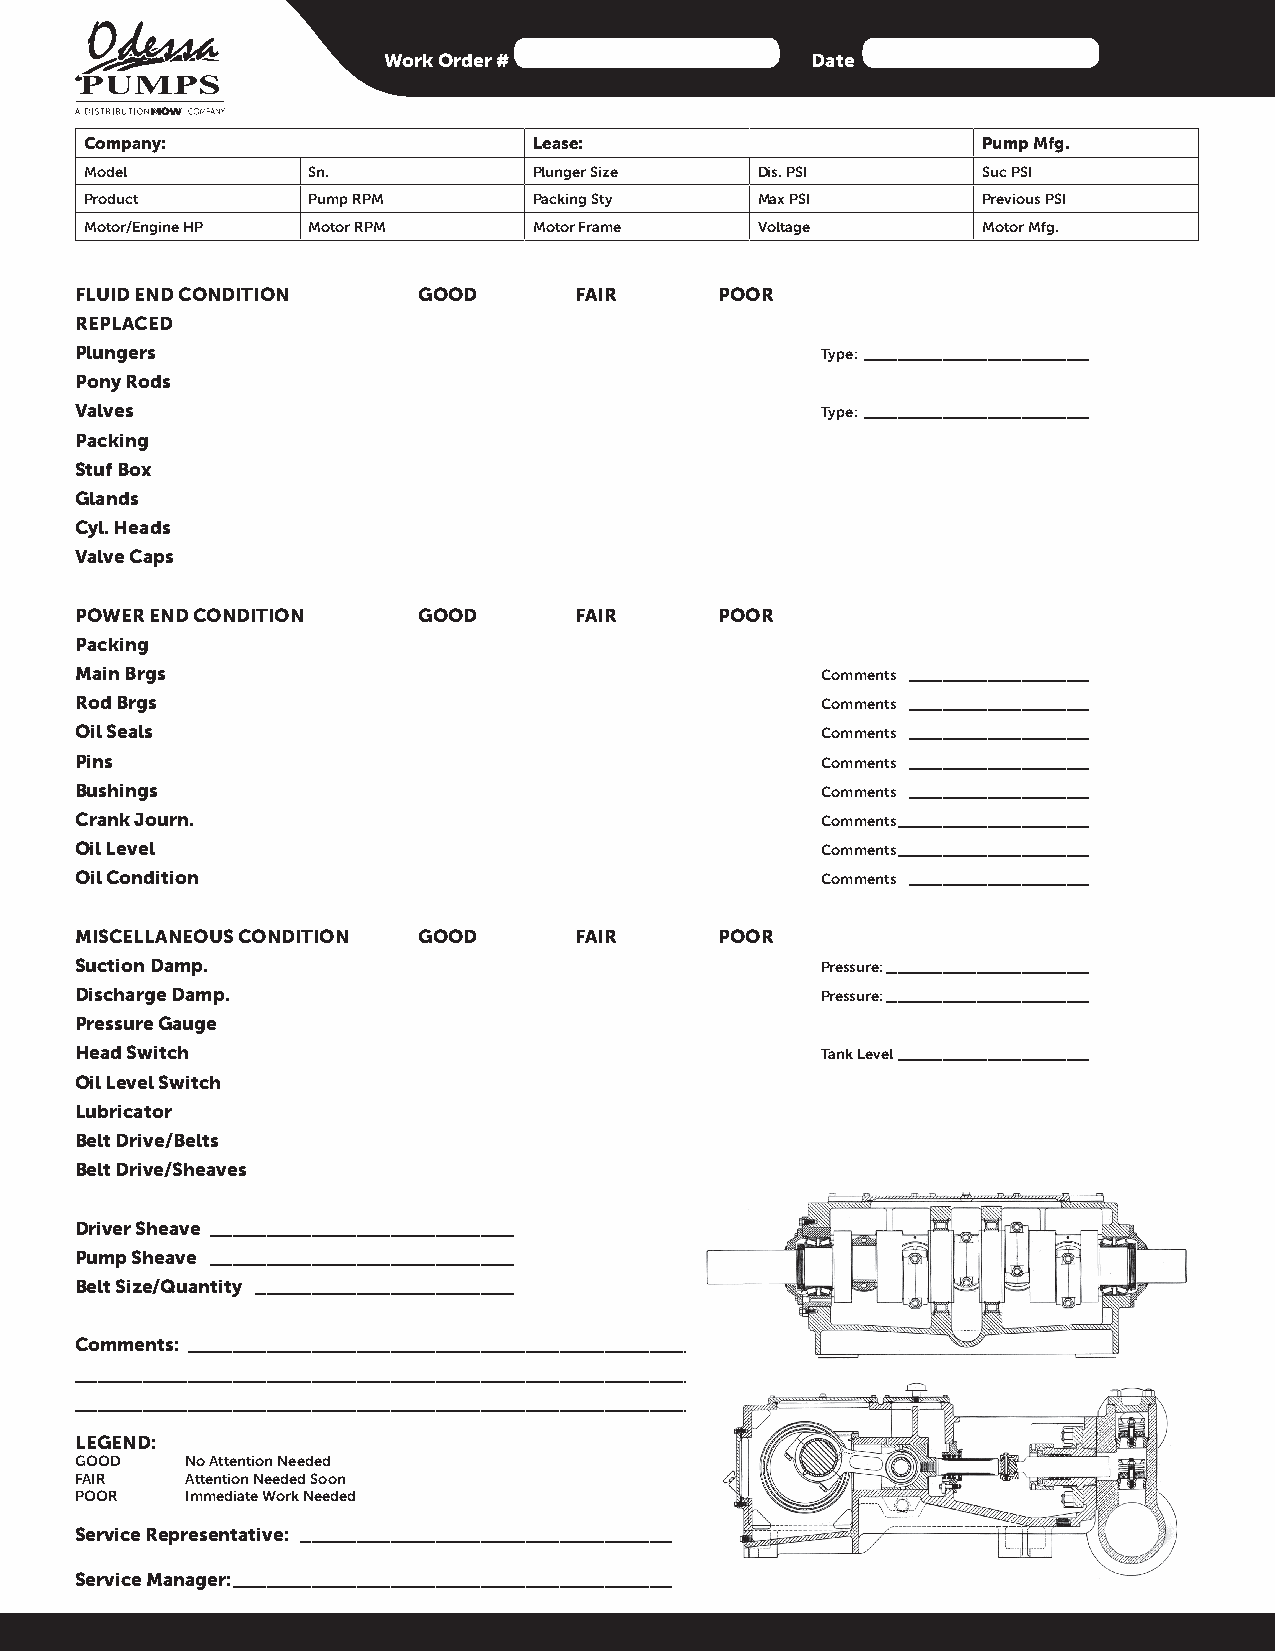
Work Order #                 Date
 Company:                     Lease:                        Pump Mfg.
 Model         Sn.            Plunger Size   Dis. PSI       Suc PSI
 Product       Pump RPM       Packing Sty    Max PSI        Previous PSI
 Motor/Engine HP Motor RPM    Motor Frame    Voltage        Motor Mfg.
 FLUID END CONDITION    GOOD      FAIR      POOR
 REPLACED
 Plungers                ❏         ❏         ❏    Type: ____________________ ❏
 Pony Rods               ❏         ❏         ❏                          ❏
 Valves                  ❏         ❏         ❏    Type: ____________________ ❏
 Packing                 ❏         ❏         ❏                          ❏
 Stuf Box                ❏         ❏         ❏                          ❏
 Glands                  ❏         ❏         ❏                          ❏
 Cyl. Heads              ❏         ❏         ❏                          ❏
 Valve Caps              ❏         ❏         ❏                          ❏
 POWER END CONDITION    GOOD      FAIR      POOR
 Packing                 ❏         ❏         ❏
 Main Brgs               ❏         ❏         ❏    Comments ________________ ❏
 Rod Brgs                ❏         ❏         ❏    Comments ________________ ❏
 Oil Seals               ❏         ❏         ❏    Comments ________________ ❏
 Pins                    ❏         ❏         ❏    Comments ________________ ❏
 Bushings                ❏         ❏         ❏    Comments ________________ ❏
 Crank Journ.            ❏         ❏         ❏    Comments _________________ ❏
 Oil Level               ❏         ❏         ❏    Comments _________________ ❏
 Oil Condition           ❏         ❏         ❏    Comments ________________ ❏
 MISCELLANEOUS CONDITION GOOD     FAIR      POOR
 Suction Damp.           ❏         ❏         ❏    Pressure: __________________ ❏
 Discharge Damp.         ❏         ❏         ❏    Pressure: __________________ ❏
 Pressure Gauge          ❏         ❏         ❏                          ❏
 Head Switch             ❏         ❏         ❏    Tank Level _________________ ❏
 Oil Level Switch        ❏         ❏         ❏                          ❏
 Lubricator              ❏         ❏         ❏                          ❏
 Belt Drive/Belts        ❏         ❏         ❏                          ❏
 Belt Drive/Sheaves      ❏         ❏         ❏                          ❏
 Driver Sheave ___________________________
 Pump Sheave ___________________________
 Belt Size/Quantity _______________________
 Comments: ______________________________________________________________________________________
 ________________________________________________________________________________________________
 ________________________________________________________________________________________________
 LEGEND:
 GOOD   No Attention Needed
 FAIR   Attention Needed Soon
 POOR   Immediate Work Needed
 Service Representative: _________________________________
 Service Manager: _______________________________________